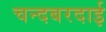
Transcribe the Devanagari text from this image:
चन्दबरदाई